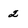
Character: 2